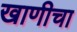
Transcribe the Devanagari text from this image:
खाणीचा